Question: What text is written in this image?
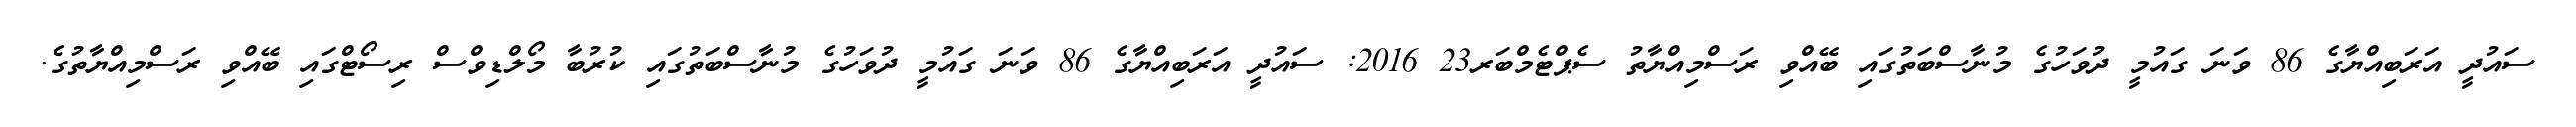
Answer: ސައުދީ އަރަބިއްޔާގެ 86 ވަނަ ގައުމީ ދުވަހުގެ މުނާސްބަތުގައި ބޭއްވި ރަސްމިއްޔާތު ސެޕްޓެމްބަރ23 2016: ސައުދީ އަރަބިއްޔާގެ 86 ވަނަ ގައުމީ ދުވަހުގެ މުނާސްބަތުގައި ކުރުބާ މޯލްޑިވްސް ރިސޯޓްގައި ބޭއްވި ރަސްމިއްޔާތުގެ.